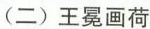
(二) 王冕画荷